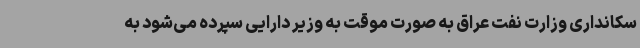
سکانداری وزارت نفت عراق به صورت موقت به وزیر دارایی سپرده می‌شود به